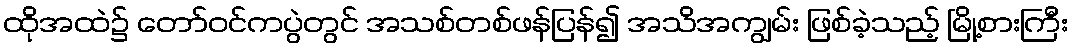
ထိုအထဲ၌ တော်ဝင်ကပွဲတွင် အသစ်တစ်ဖန်ပြန်၍ အသိအကျွမ်း ဖြစ်ခဲ့သည့် မြို့စားကြီး